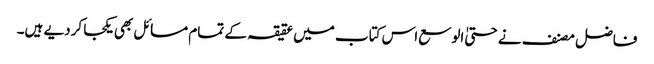
فاضل مصنف نے حتیٰ الوسع اس کتاب میں عقیقہ کے تمام مسائل بھی یکجا کردیے ہیں۔